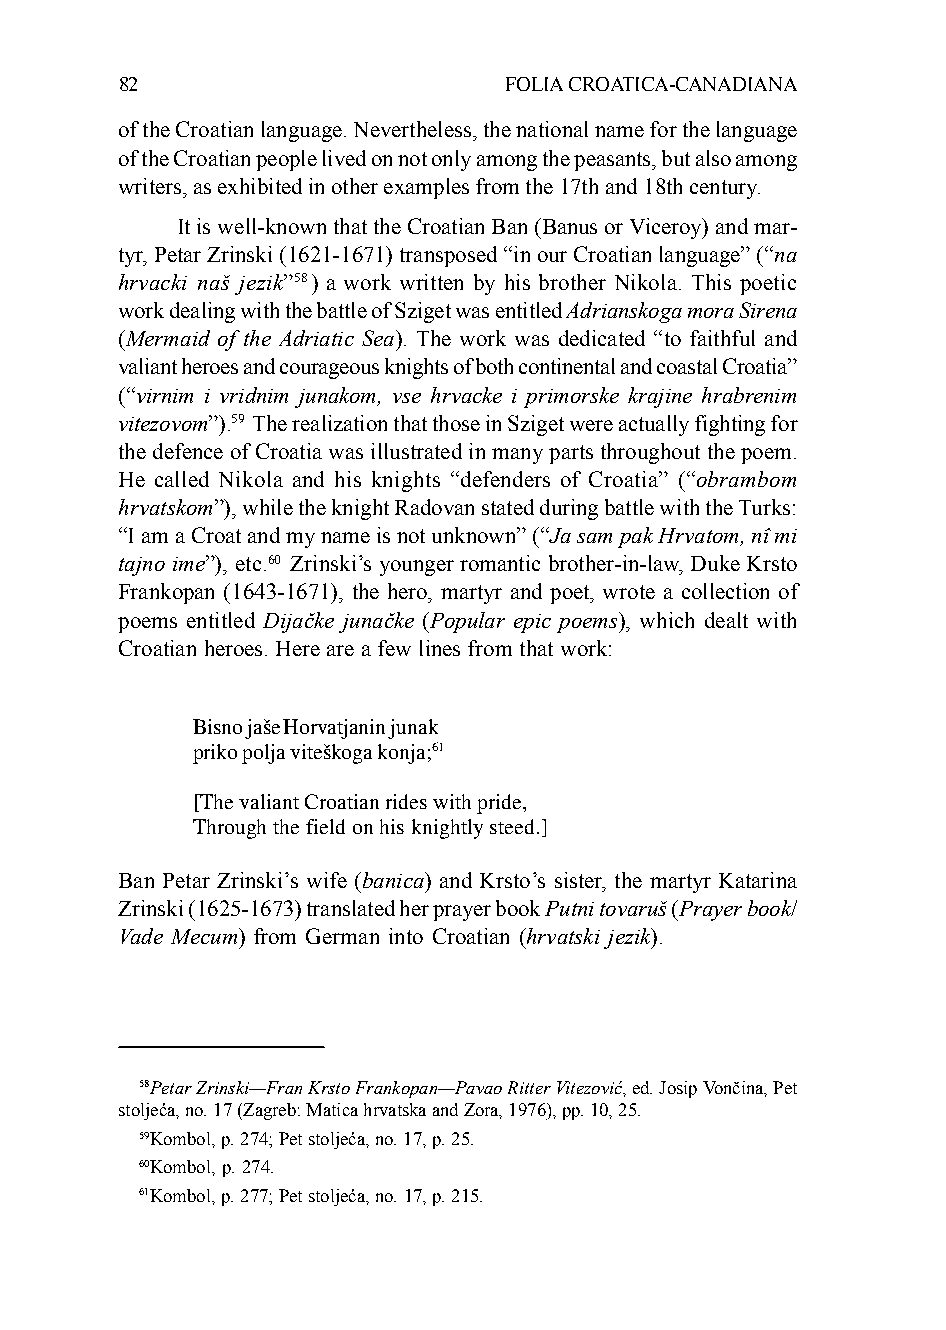
82                       FOLIA CROATICA-CANADIANA
 of the Croatian language. Nevertheless, the national name for the language
 of the Croatian people lived on not only among the peasants, but also among
 writers, as exhibited in other examples from the 17th and 18th century.
 It is well-known that the Croatian Ban (Banus or Viceroy) and mar-
 tyr, Petar Zrinski (1621-1671) transposed “in our Croatian language” (“na
 hrvacki naš jezik”58) a work written by his brother Nikola. This poetic
 work dealing with the battle of Sziget was entitled Adrianskoga mora Sirena
 (Mermaid of the Adriatic Sea). The work was dedicated “to faithful and
 valiant heroes and courageous knights of both continental and coastal Croatia”
 (“virnim i vridnim junakom, vse hrvacke i primorske krajine hrabrenim
 vitezovom”).59 The realization that those in Sziget were actually fighting for
 the defence of Croatia was illustrated in many parts throughout the poem.
 He called Nikola and his knights “defenders of Croatia” (“obrambom
 hrvatskom”), while the knight Radovan stated during battle with the Turks:
 “I am a Croat and my name is not unknown” (“Ja sam pak Hrvatom, nî mi
 tajno ime”), etc.60 Zrinski’s younger romantic brother-in-law, Duke Krsto
 Frankopan (1643-1671), the hero, martyr and poet, wrote a collection of
 poems entitled Dijačke junačke (Popular epic poems), which dealt with
 Croatian heroes. Here are a few lines from that work:
 Bisno jaše Horvatjanin junak
 priko polja viteškoga konja;61
 [The valiant Croatian rides with pride,
 Through the field on his knightly steed.]
 Ban Petar Zrinski’s wife (banica) and Krsto’s sister, the martyr Katarina
 Zrinski (1625-1673) translated her prayer book Putni tovaruš (Prayer book/
 Vade Mecum) from German into Croatian (hrvatski jezik).
 58Petar Zrinski—Fran Krsto Frankopan—Pavao Ritter Vitezović, ed. Josip Vončina, Pet
 stoljeća, no. 17 (Zagreb: Matica hrvatska and Zora, 1976), pp. 10, 25.
 59Kombol, p. 274; Pet stoljeća, no. 17, p. 25.
 60Kombol, p. 274.
 61Kombol, p. 277; Pet stoljeća, no. 17, p. 215.